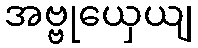
အဗ္ဗုယှေယျ